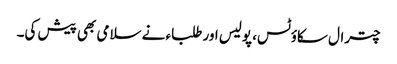
چترال سکاؤٹس، پولیس اور طلباء نے سلامی بھی پیش کی۔